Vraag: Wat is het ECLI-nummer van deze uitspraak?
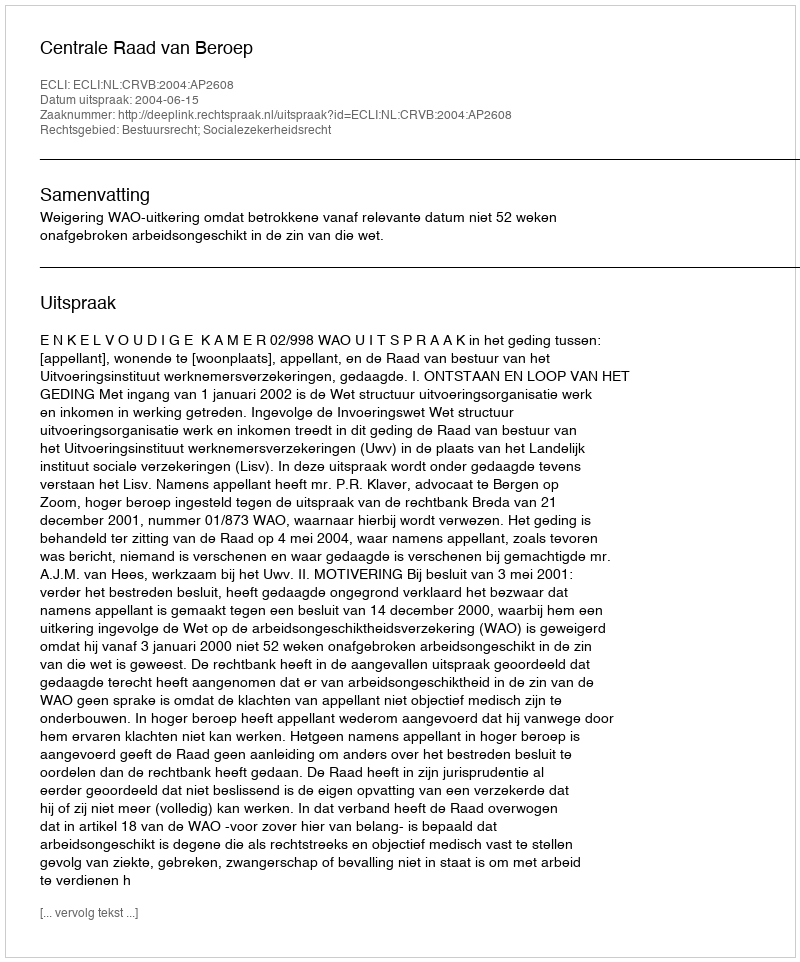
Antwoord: ECLI:NL:CRVB:2004:AP2608